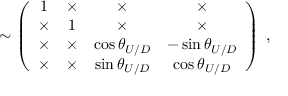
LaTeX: \sim \left( \begin{array} { c c c c } { { 1 } } & { { \times } } & { { \times } } & { { \times } } \\ { { \times } } & { { 1 } } & { { \times } } & { { \times } } \\ { { \times } } & { { \times } } & { { \cos \theta _ { U / D } } } & { { - \sin \theta _ { U / D } } } \\ { { \times } } & { { \times } } & { { \sin \theta _ { U / D } } } & { { \cos \theta _ { U / D } } } \end{array} \right) \; ,